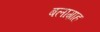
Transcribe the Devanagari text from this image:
बलाग़ाह